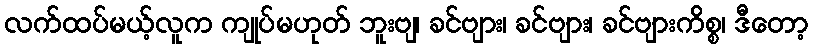
လက်ထပ်မယ့်လူက ကျုပ်မဟုတ် ဘူးဗျ၊ ခင်ဗျား၊ ခင်ဗျား၊ ခင်ဗျားကိစ္စ၊ ဒီတော့